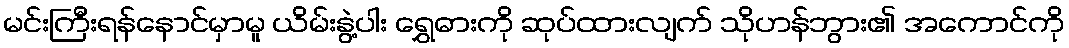
မင်းကြီးရန်နောင်မှာမူ ယိမ်းနွဲ့ပါး ရွှေဓားကို ဆုပ်ထားလျက် သိုဟန်ဘွား၏ အကောင်ကို